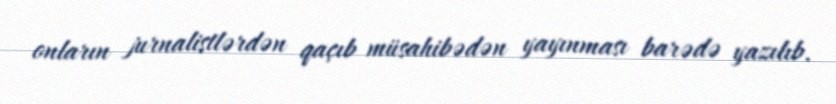
onların jurnalistlərdən qaçıb müsahibədən yayınması barədə yazılıb.